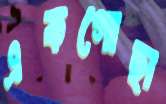
একগোছা